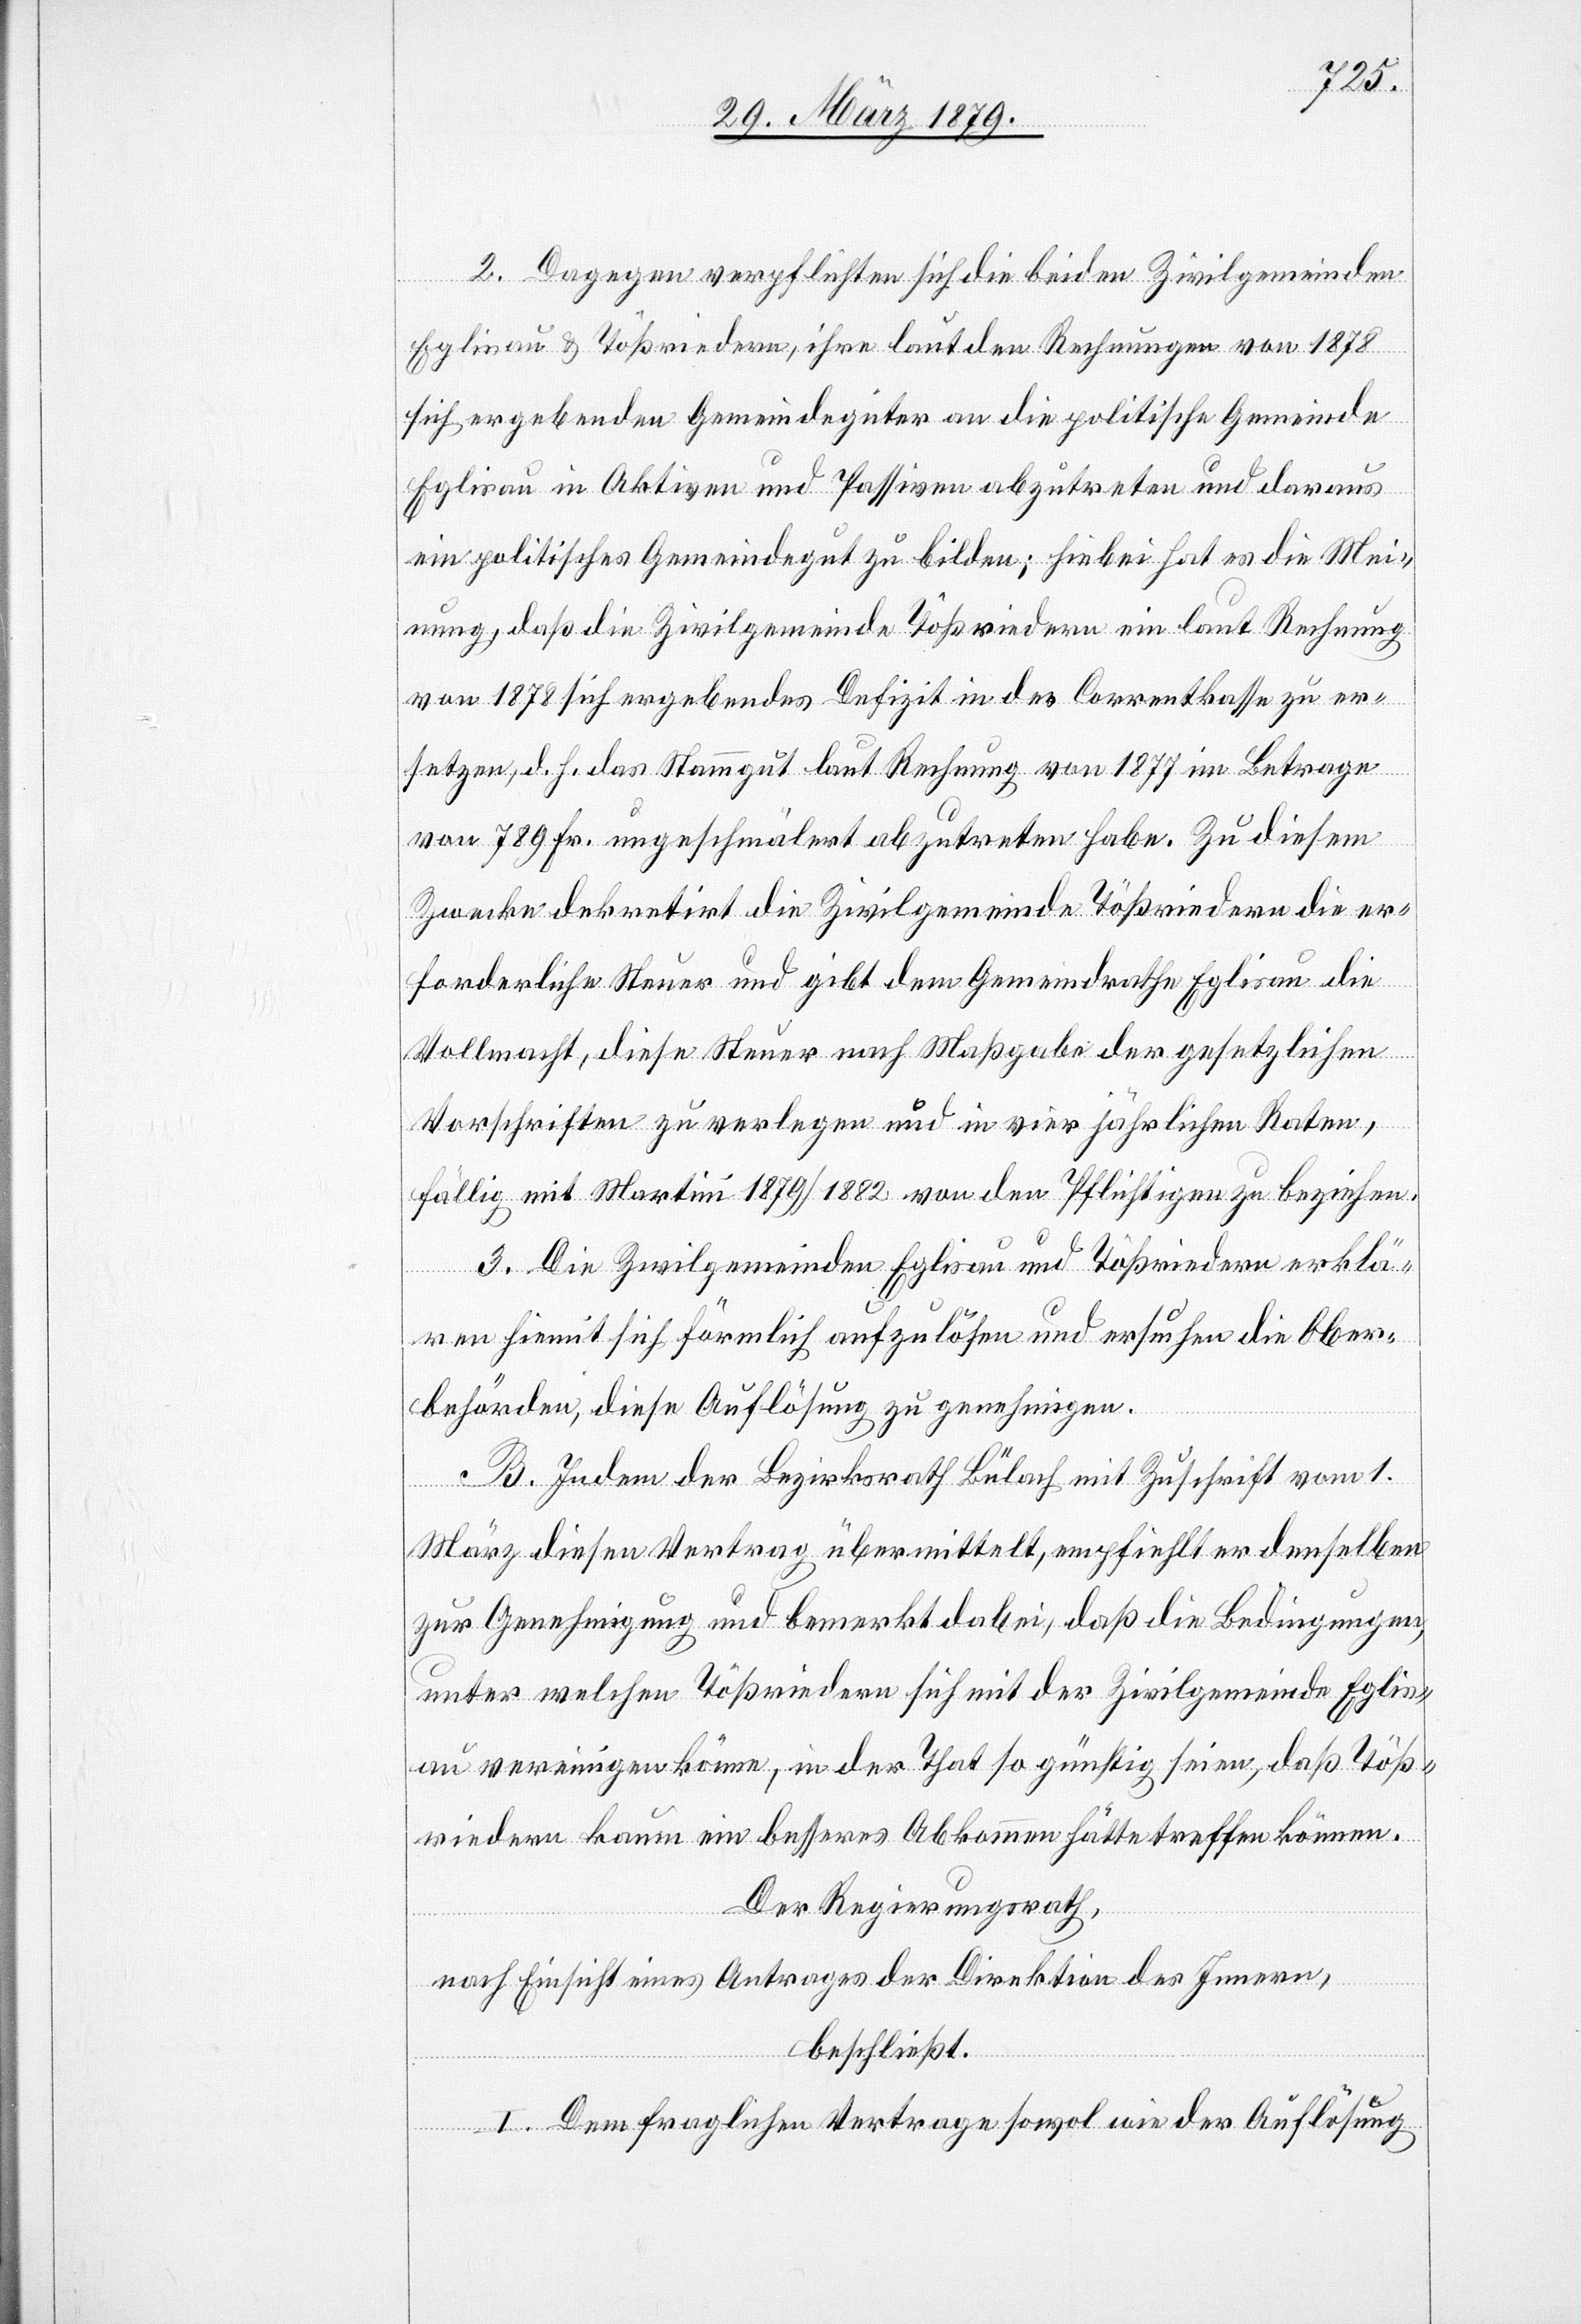
2. Dagegen verpflichten sich die beiden Zivilgemeinden
Eglisau & Tößriedern, ihre laut den Rechnungen von 1878
sich ergebenden Gemeindegüter an die politische Gemeinde
Eglisau in Aktiven und Passiven abzutreten und daraus
ein politisches Gemeindegut zu bilden; hiebei hat es die Mei¬
nung, daß die Zivilgemeinde Tößriedern ein laut Rechnung
von 1878 sich ergebendes Defizit in der Correntkasse zu er¬
setzen; d. h. das Stammgut laut Rechnung von 1877 im Betrage
von 789 Fr. ungeschmälert abzutreten habe. Zu diesem
Zwecke dekretirt die Zivilgemeinde Tößriedern die er¬
forderliche Steuer und gibt dem Gemeindrathe Eglisau die
Vollmacht, diese Steuer nach Maßgabe der gesetzlichen
Vorschriften zu verlegen und in vier jährlichen Raten,
fällig mit Martini 1879/1882 von den Pflichtigen zu beziehen.
3. Die Zivilgemeinden Eglisau und Tößriedern erklä¬
ren hiemit sich förmlich aufzulösen und ersuchen die Ober¬
behörden, diese Auflösung zu genehmigen.
B. Indem der Bezirksrath Bülach mit Zuschrift vom 1.
März diesen Vertrag übermittelt, empfiehlt er denselben
zur Genehmigung und bemerkt dabei, daß die Bedingungen,
unter welchen Tößriedern sich mit der Zivilgemeinde Eglis¬
au vereinigen könne, in der That so günstig seien, daß Töß¬
riedern kaum ein besseres Abkommen hätte treffen können.
Der Regierungsrath,
nach Einsicht eines Antrages der Direktion des Innern,
beschließt:
I. Dem fraglichen Vertrage sowol wie der Auflösung